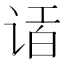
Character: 𲂎